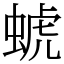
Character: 䗂